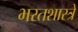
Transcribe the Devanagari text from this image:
भरतशास्त्रे